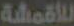
للأقمشة